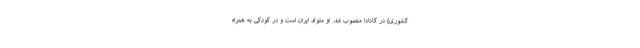
کشوری) در کانادا منصوب شد. او متولد ایران است و در کودکی به همراه